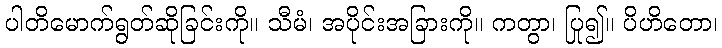
ပါတိမောက်ရွတ်ဆိုခြင်းကို။ သီမံ၊ အပိုင်းအခြားကို။ ကတွာ၊ ပြု၍။ ပိဟိတော၊